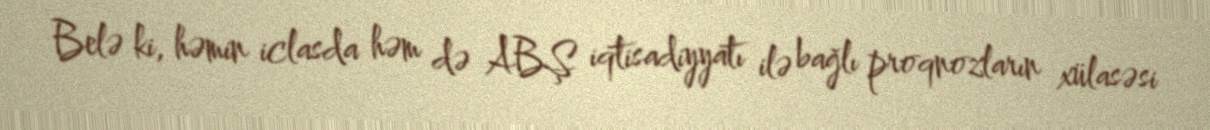
Belə ki, həmin iclasda həm də ABŞ iqtisadiyyatı ilə bağlı proqnozların xülasəsi